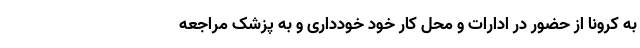
به کرونا از حضور در ادارات و محل کار خود خودداری و به پزشک مراجعه